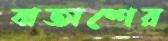
বাতাশের